Lunatic asylums Central Provinces reports 1910-1926 - 1910-1926
Year: 1910
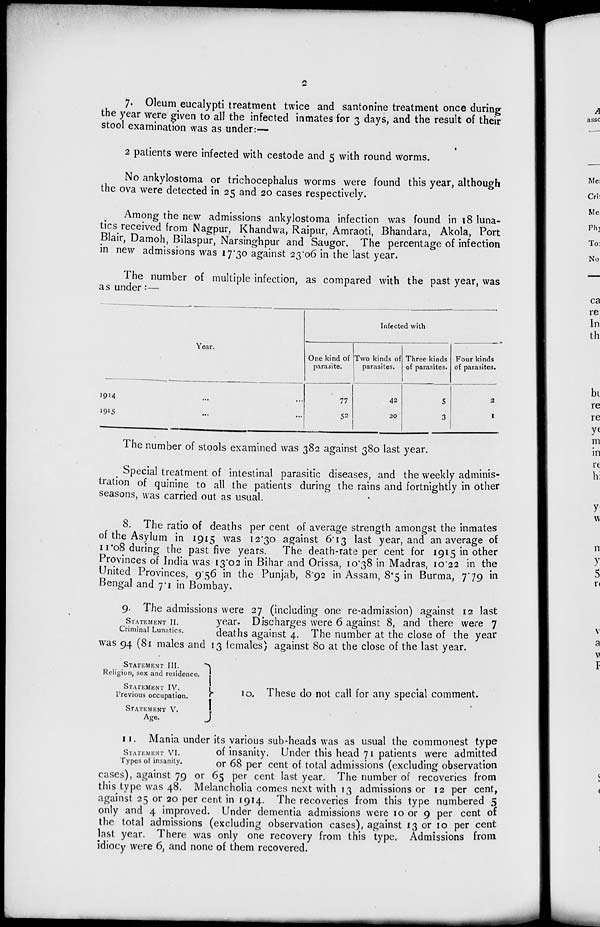
2
7. Oleum eucalypti treatment twice and santonine treatment once during
the year were given to all the infected inmates for 3 days, and the result of their
stool examination was as under:—
2 patients were infected with cestode and 5 with round worms.
No ankylostoma or trichocephalus worms were found this year, although
the ova were detected in 25 and 20 cases respectively.
Among the new admissions ankylostoma infection was found in 18 luna-
tics received from Nagpur, Khandwa, Raipur, Amraoti, Bhandara, Akola, Port
Blair, Damoh, Bilaspur, Narsinghpur and Saugor. The percentage of infection
in new admissions was 17.30 against 23.06 in the last year.
The number of multiple infection, as compared with the past year, was
as under:—
Year.
1914 ... ...
1915 ... ...
Infected with
One kind of
parasite.
77
52
Two kinds of
parasites.
42
20
Three kinds
of parasites.
5
3
Four kinds
of parasites.
2
1
The number of stools examined was 382 against 380 last year.
Special treatment of intestinal parasitic diseases, and the weekly adminis-
tration of quinine to all the patients during the rains and fortnightly in other
seasons, was carried out as usual.
8. The ratio of deaths per cent of average strength amongst the inmates
of the Asylum in 1915 was 12.30 against 6.13 last year, and an average of
11.08 during the past five years. The death-rate per cent for 1915 in other
Provinces of India was 13.02 in Bihar and Orissa, 10.38 in Madras, 10.22 in the
United Provinces, 9.56 in the Punjab, 8.92 in Assam, 8.5 in Burma, 7.79 in
Bengal and 7.1 in Bombay.
STATEMENT II.
Criminal Lunatics.
9. The admissions were 27 (including one re-admission) against 12 last
year. Discharges were 6 against 8, and there were 7
deaths against 4. The number at the close of the year
was 94 (81 males and 13 females) against 80 at the close of the last year.
STATEMENT III.
Religion, sex and residence.
STATEMENT IV.
Previous occupation.
STATEMENT V.
Age.
10. These do not call for any special comment.
STATEMENT VI.
Types of insanity.
11. Mania under its various sub-heads was as usual the commonest type
of insanity. Under this head 71 patients were admitted
or 68 per cent of total admissions (excluding observation
cases), against 79 or 65 per cent last year. The number of recoveries from
this type was 48. Melancholia comes next with 13 admissions or 12 per cent,
against 25 or 20 per cent in 1914. The recoveries from this type numbered 5
only and 4 improved. Under dementia admissions were 10 or 9 per cent of
the total admissions (excluding observation cases), against 13 or 10 per cent
last year. There was only one recovery from this type. Admissions from
idiocy were 6, and none of them recovered.